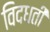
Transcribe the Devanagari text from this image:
विदधतीं